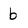
Character: b